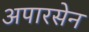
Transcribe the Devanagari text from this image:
अपारसेन